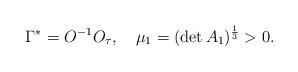
LaTeX: \begin{align*}\Gamma^* = O^{-1} O_\tau, \ \ \ \mu_1 = (\det A_1)^{\frac13}>0.\end{align*}